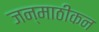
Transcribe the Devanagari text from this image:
जन्माठीकन